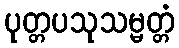
ပုတ္တပသုသမ္မတ္တံ